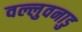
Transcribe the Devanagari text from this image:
वल्लुवनाडु